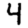
Digit: 4